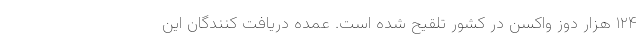
۱۲۴ هزار دوز واکسن در کشور تلقیح شده است. عمده دریافت کنندگان این